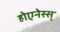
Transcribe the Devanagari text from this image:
होएनेस्स्